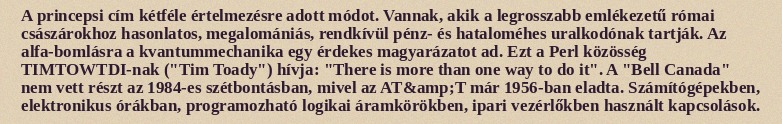
A princepsi cím kétféle értelmezésre adott módot. Vannak, akik a legrosszabb emlékezetű római császárokhoz hasonlatos, megalomániás, rendkívül pénz- és hataloméhes uralkodónak tartják. Az alfa-bomlásra a kvantummechanika egy érdekes magyarázatot ad. Ezt a Perl közösség TIMTOWTDI-nak ("Tim Toady") hívja: "There is more than one way to do it". A "Bell Canada" nem vett részt az 1984-es szétbontásban, mivel az AT&amp;T már 1956-ban eladta. Számítógépekben, elektronikus órákban, programozható logikai áramkörökben, ipari vezérlőkben használt kapcsolások.